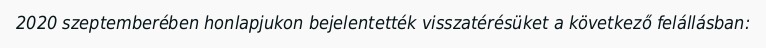
2020 szeptemberében honlapjukon bejelentették visszatérésüket a következő felállásban: